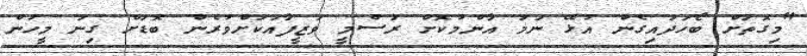
"މިގޮތަށް ބޯހަދައިގެން އުޅޭ ނަމަ އާންމުކޮށް ރަސްމީ ވަޒީފާއަކަށްވުރެން ބޮޑަށް ގިނަ މީހުން